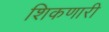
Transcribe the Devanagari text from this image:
शिकणारी